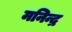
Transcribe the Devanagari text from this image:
मनिन्द्र